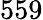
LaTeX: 559